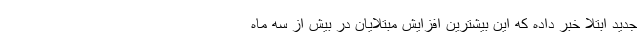
جدید ابتلا خبر داده که این بیشترین افزایش مبتلایان در بیش از سه ماه